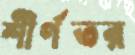
শীর্ণতর